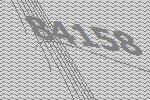
84158